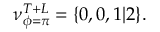
\nu _ { \phi = \pi } ^ { T + L } = \{ 0 , 0 , 1 | 2 \} .